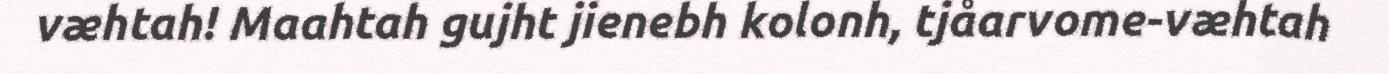
væhtah! Maahtah gujht jienebh kolonh, tjåarvome-væhtah